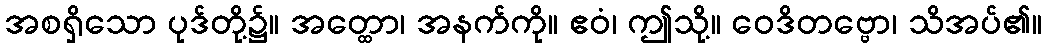
အစရှိသော ပုဒ်တို့၌။ အတ္ထော၊ အနက်ကို။ ဧဝံ၊ ဤသို့။ ဝေဒိတဗ္ဗော၊ သိအပ်၏။